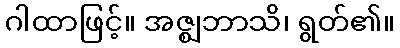
ဂါထာဖြင့်။ အဇ္ဈဘာသိ၊ ရွတ်၏။